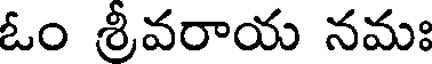
ఓం శ్రీవరాయ నమః